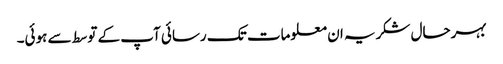
بہرحال شکریہ ان معلومات تک رسائی آپ کے توسط سے ہوئی۔